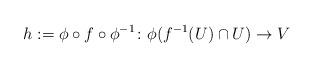
LaTeX: \begin{align*}h:=\phi\circ f\circ \phi^{-1}\colon \phi(f^{-1}(U)\cap U)\to V\end{align*}